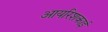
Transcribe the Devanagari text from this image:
आयरिशकाई